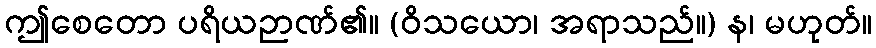
ဤစေတော ပရိယဉာဏ်၏။ (ဝိသယော၊ အရာသည်။) န၊ မဟုတ်။